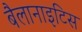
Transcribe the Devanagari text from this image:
बैलानाइटिस